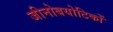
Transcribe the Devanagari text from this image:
जीनोबयोटिकों